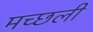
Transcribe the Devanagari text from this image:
मच्छली